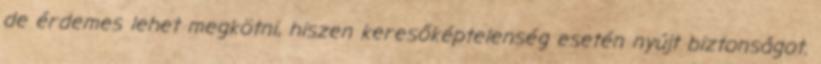
de érdemes lehet megkötni, hiszen keresőképtelenség esetén nyújt biztonságot.